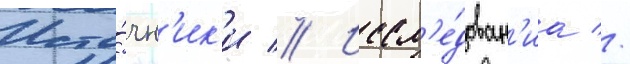
Исто́чн'ик'и // Иссл'е́дован'иа //